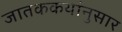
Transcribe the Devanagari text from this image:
जातककथांनुसार